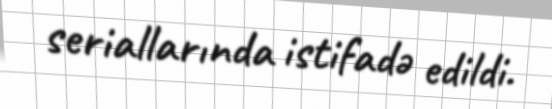
seriallarında istifadə edildi.